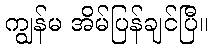
ကျွန်မ အိမ်ပြန်ချင်ပြီ။